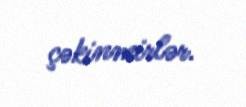
çəkinmirlər.